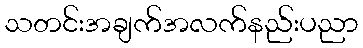
သတင်းအချက်အလက်နည်းပညာ